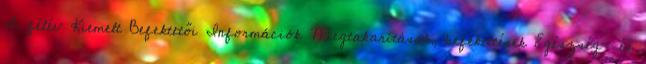
I. félév Kiemelt Befektetői Információk Megtakarítások, befektetések Egészség- és